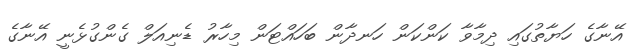
އޭނާގެ ހަޔާތުގައި ދިމާވާ ކަންކަން ހަނދާން ބަހައްޓަން މިހާރު ޑެނިއަލް ގެންގުޅެނީ އޭނާގެ